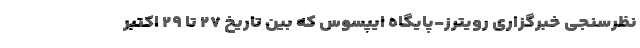
نظرسنجی خبرگزاری رویترز-پایگاه ایپسوس که بین تاریخ ۲۷ تا ۲۹ اکتبر